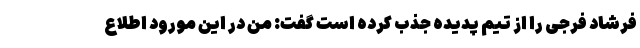
فرشاد فرجی را از تیم پدیده جذب کرده است گفت: من در این مورود اطلاع